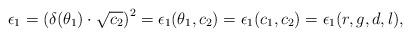
LaTeX: \begin{align*}\epsilon_1=\left(\delta(\theta_1)\cdot\sqrt{c_2}\right)^2=\epsilon_1(\theta_1,c_2)=\epsilon_1(c_1,c_2)=\epsilon_1(r,g,d,l),\end{align*}